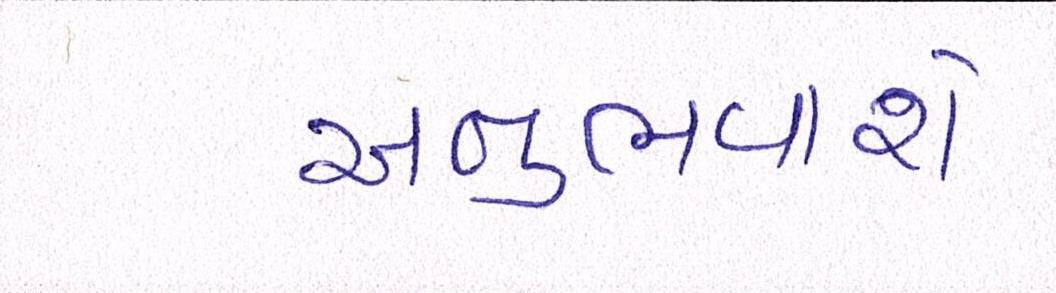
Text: અનુભવાશે